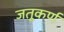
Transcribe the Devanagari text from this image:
जतूकर्ण